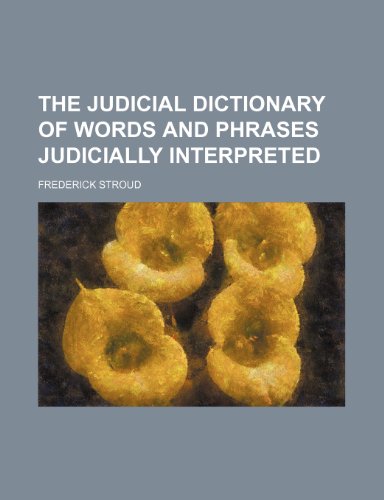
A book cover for The Judicial Dictionary of Words and Phrases Judicially Interpreted; Frederick Stroud; Law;